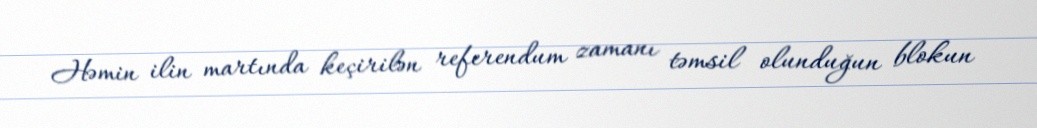
Həmin ilin martında keçirilən referendum zamanı təmsil olunduğun blokun